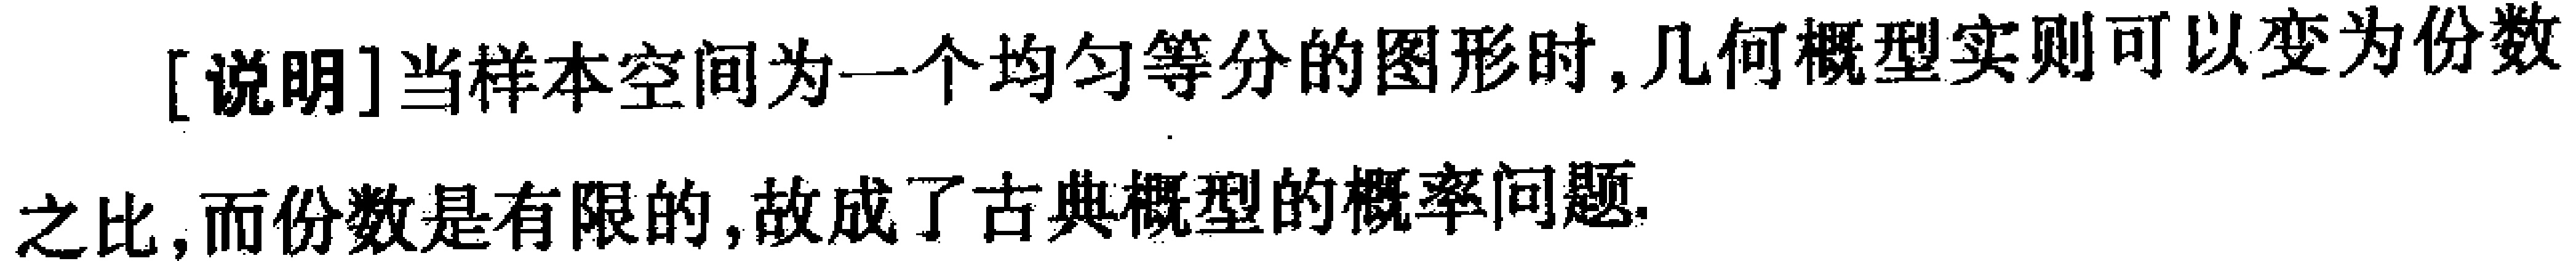
[说明]当样本空间为一个均匀等分的图形时, 几何概型实则可以变为份数之比, 而份数是有限的, 故成了古典概型的概率问题.